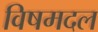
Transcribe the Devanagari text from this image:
विषमदल